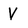
Character: V